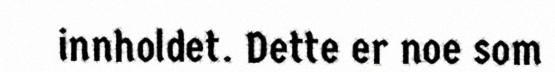
innholdet. Dette er noe som